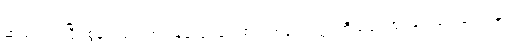
ဆည်းကပ်ပြီး စွန့်ပယ်၍ အခြေခံလုပ်ခလစာ သာကျေးရွာ ကိုယ်ပိုင်အုပ်ချုပ်ရေးပေးရန်